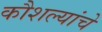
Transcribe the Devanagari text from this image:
कौशल्यांचे